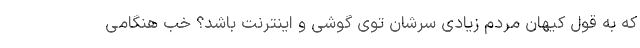
که به قول کیهان مردم زیادی سرشان توی گوشی و اینترنت باشد؟ خب هنگامی